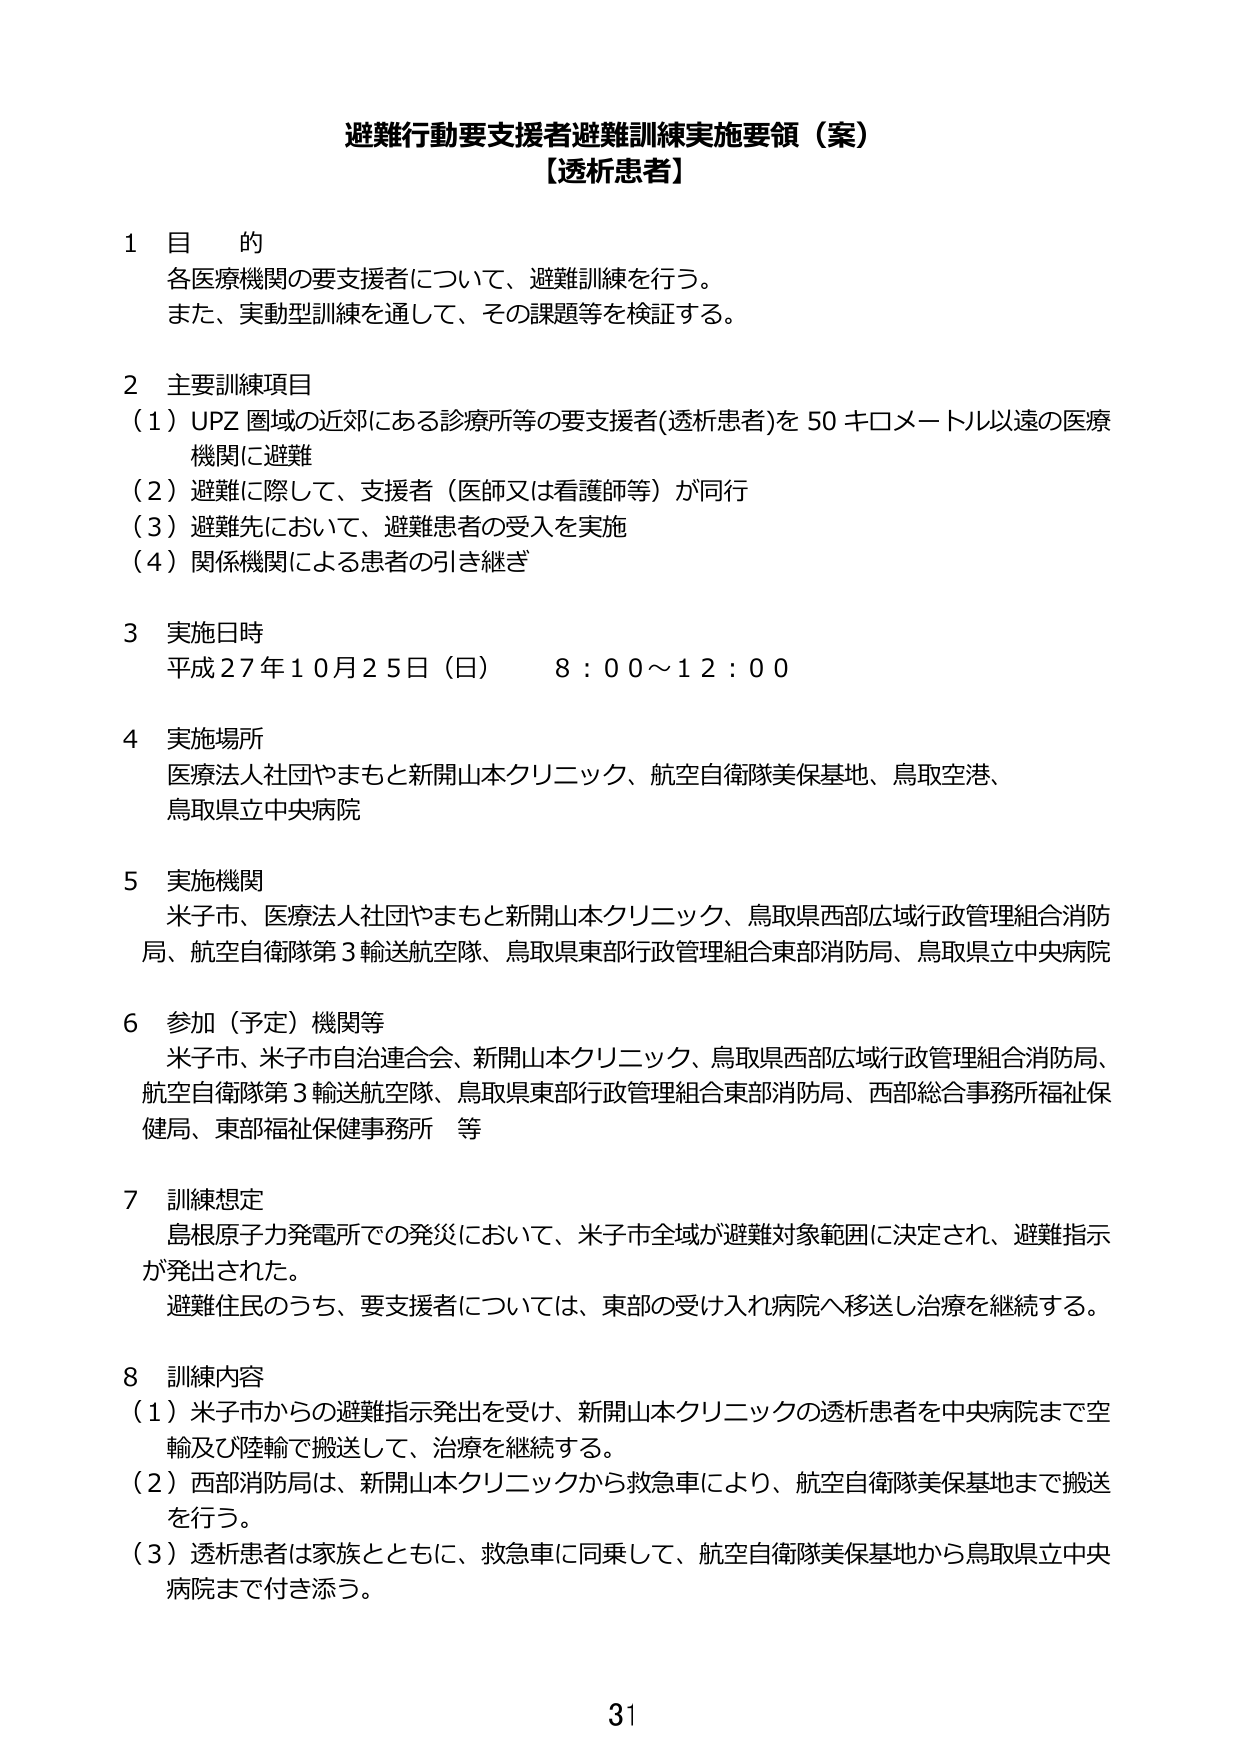
避難行動要支援者避難訓練実施要領（案）
【透析患者】

1 目 的
各医療機関の要支援者について、避難訓練を行う。
また、実動型訓練を通して、その課題等を検証する。

2 主要訓練項目
（1）UPZ 圏域の近郊にある診療所等の要支援者（透析患者）を 50 キロメートル以遠の医療機関に避難
（2）避難に際して、支援者（医師又は看護師等）が同行
（3）避難先において、避難患者の受入を実施
（4）関係機関による患者の引き継ぎ

3 実施日時
平成27年10月25日（日）　8：00～12：00

4 実施場所
医療法人社団やまもと新開山本クリニック、航空自衛隊美保基地、鳥取空港、
鳥取県立中央病院

5 実施機関
米子市、医療法人社団やまもと新開山本クリニック、鳥取県西部広域行政管理組合消防局、航空自衛隊第3輸送航空隊、鳥取県東部行政管理組合東部消防局、鳥取県立中央病院

6 参加（予定）機関等
米子市、米子市自治連合会、新開山本クリニック、鳥取県西部広域行政管理組合消防局、航空自衛隊第3輸送航空隊、鳥取県東部行政管理組合東部消防局、西部総合事務所福祉保健局、東部福祉保健事務所　等

7 訓練想定
島根原子力発電所での発災において、米子市全域が避難対象範囲に決定され、避難指示が発出された。
避難住民のうち、要支援者については、東部の受け入れ病院へ移送し治療を継続する。

8 訓練内容
（1）米子市からの避難指示発出を受け、新開山本クリニックの透析患者を中央病院まで空輸及び陸輸で搬送して、治療を継続する。
（2）西部消防局は、新開山本クリニックから救急車により、航空自衛隊美保基地まで搬送を行う。
（3）透析患者は家族とともに、救急車に同乗して、航空自衛隊美保基地から鳥取県立中央病院まで付き添う。

31